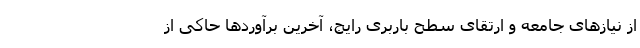
از نیازهای جامعه و ارتقای سطح باربری رایج، آخرین برآوردها حاکی از